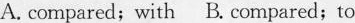
A. compared;with B. Compared;to